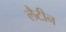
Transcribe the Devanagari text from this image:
लैटीन